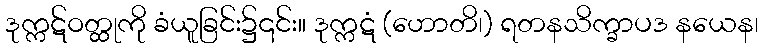
ဒုက္ကဋ်ဝတ္ထုကို ခံယူခြင်း၌၎င်း။ ဒုက္ကဋံ (ဟောတိ၊) ရတနသိက္ခာပဒ နယေန၊